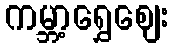
ကမ္ဘာ့ရွှေဈေး